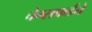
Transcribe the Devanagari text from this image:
चेम्सफर्डने